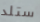
ستلد